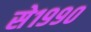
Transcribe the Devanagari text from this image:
से१९९०